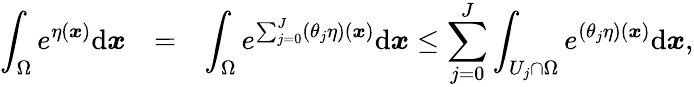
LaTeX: \begin{array}{rcl}{\displaystyle\int_{\Omega}e^{\eta({\boldsymbol x})}\mathrm{d}{\boldsymbol x}}&{=}&{\displaystyle\int_{\Omega}e^{\sum_{j=0}^{J}(\theta_{j}\eta)({\boldsymbol x})}\mathrm{d}{\boldsymbol x}\le\sum_{j=0}^{J}\int_{U_{j}\cap\Omega}e^{(\theta_{j}\eta)({\boldsymbol x})}\mathrm{d}{\boldsymbol x},}\end{array}